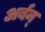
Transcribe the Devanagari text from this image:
अर्बन्